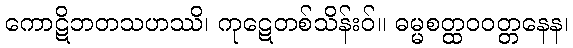
ကောဋိဘတသဟဿိ၊ ကုဋေတစ်သိန်းဝ်။ ဓမ္မစတ္ထဝဝတ္တနေန၊